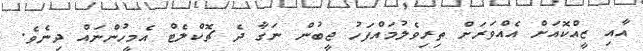
އާއި ޒީއްކޮއަށް އެއްވަރަށް ތިރިވެލުމައްފަހު ޖީބުން ނަގާ ދެ ޗޮކްލެޓް އެމީހުންނައް ދިނެވެ.